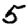
Digit: 5